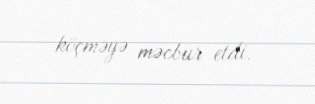
köçməyə məcbur etdi.